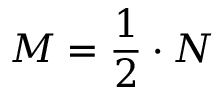
M = \frac { 1 } { 2 } \cdot N